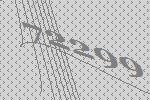
72299